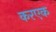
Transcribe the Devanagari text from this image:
करएक